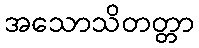
အသောသိတတ္တာ